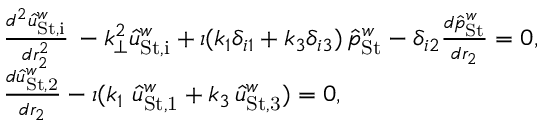
\begin{array} { r l } & { \frac { d ^ { 2 } \hat { u } _ { \mathrm { S t , i } } ^ { w } } { d r _ { 2 } ^ { 2 } } \, - k _ { \perp } ^ { 2 } \hat { u } _ { \mathrm { S t , i } } ^ { w } + \iota ( k _ { 1 } \delta _ { i 1 } + k _ { 3 } \delta _ { i 3 } ) \, \hat { p } _ { \mathrm { S t } } ^ { w } - \delta _ { i 2 } \frac { d \hat { p } _ { \mathrm { S t } } ^ { w } } { d r _ { 2 } } = 0 , } \\ & { \frac { d \hat { u } _ { \mathrm { S t , 2 } } ^ { w } } { d r _ { 2 } } - \iota ( k _ { 1 } \, \, \hat { u } _ { \mathrm { S t , 1 } } ^ { w } + k _ { 3 } \, \hat { u } _ { \mathrm { S t , 3 } } ^ { w } ) = 0 , } \end{array}